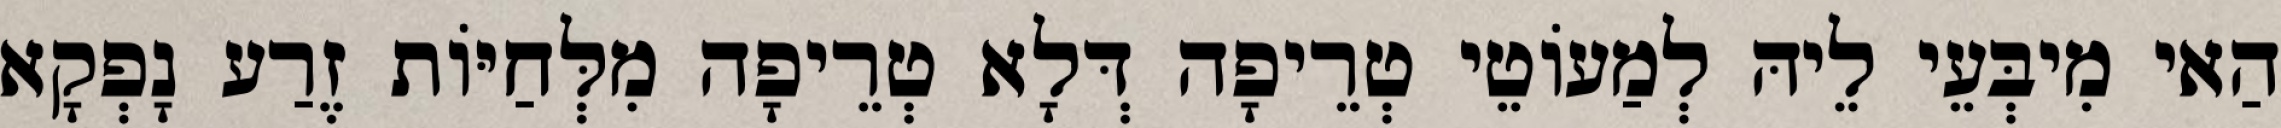
הַאי מִיבְּעֵי לֵיהּ לְמַעוֹטֵי טְרֵיפָה דְּלָא טְרֵיפָה מִלְּחַיּוֹת זֶרַע נָפְקָא